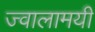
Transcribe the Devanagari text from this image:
ज्‍वालामयी